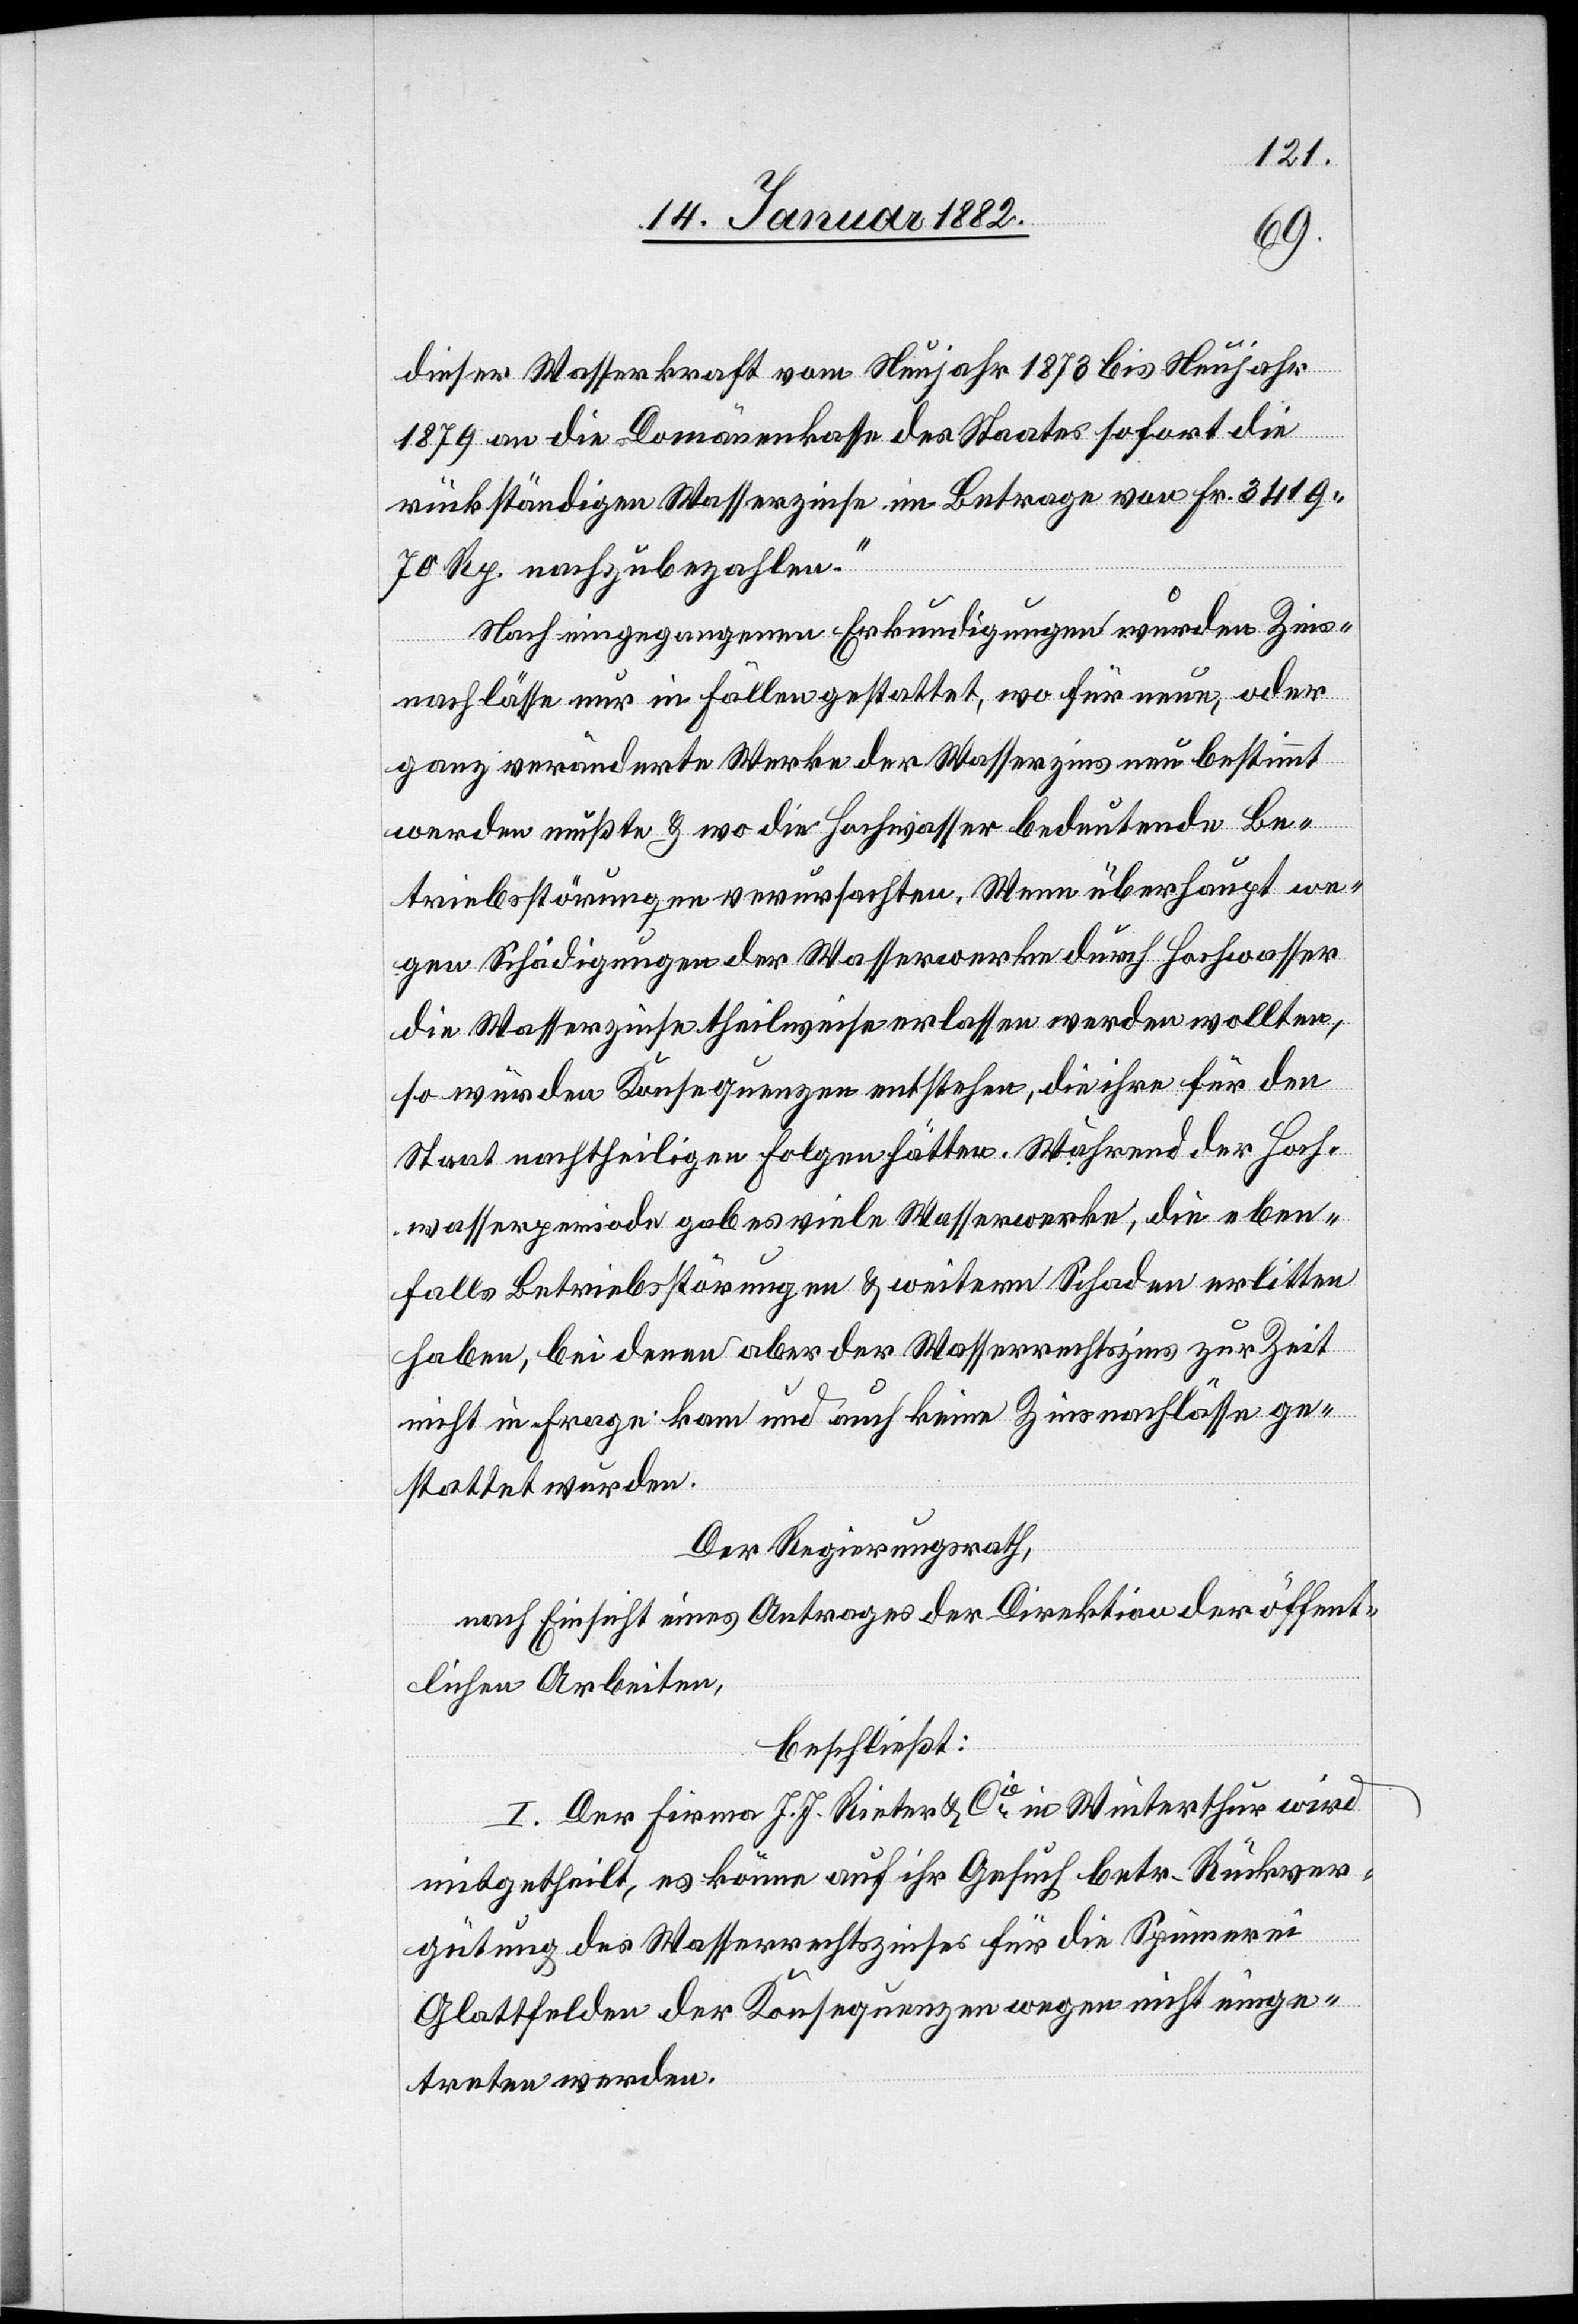
dieser Wasserkraft vom Neujahr 1873 bis Neujahr
1879 an die Domänenkasse des Staats sofort die
rückständigen Wasserzinse im Betrage von Fr. 3419
70 Rp. nachzubezahlen.
Nach eingegangenen Erkundigungen wurden Zins¬
nachlässe nur in Fällen gestattet, wo für neue, oder
ganz veränderte Werke der Wasserzins neu bestimmt
werden müßte & wo die Hochwasser bedeutende Be¬
triebsstörungen verursachten. Wenn überhaupt we¬
gen Schädigungen der Wasserwerke durch Hochwasser
die Wasserzinse theilweise erlassen werden wollten,
so würden Konsequenzen entstehen, die ihre für den
Staat nachtheiligen Folgen hätten. Während der Hoch¬
wasserperiode gab es viele Wasserwerke, die eben¬
falls Betriebsstörungen & weitern Schaden erlitten
haben, bei denen aber der Wasserrechtszins zur Zeit
nicht in Frage kam und auch keine Zinsnachlässe ge¬
stattet wurden.
Der Regierungsrath,
nach Einsicht eines Antrages der Direktion der öffent¬
lichen Arbeiten,
beschließt:
I. Der Firma J. J. Rieter & Cie in Winterthur wird
mitgetheilt, es könne auf ihr Gesuch betr. Rückver¬
gütung des Wasserrechtszines für die Spinnerei
Glattfelden der Konsequenzen wegen nicht einge¬
treten werden.